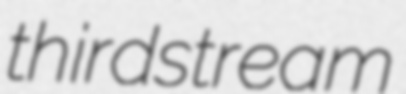
thirdstream